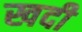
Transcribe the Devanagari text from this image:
खदी